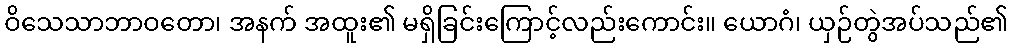
ဝိသေသာဘာဝတော၊ အနက် အထူး၏ မရှိခြင်းကြောင့်လည်းကောင်း။ ယောဂံ၊ ယှဉ်တွဲအပ်သည်၏